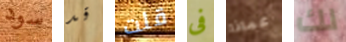
سود قد قلت فى عماذا لك